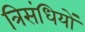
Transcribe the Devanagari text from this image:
त्रिसंधियों